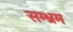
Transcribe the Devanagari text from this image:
सम्‍भ्रम